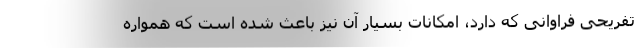
تفریحی فراوانی که دارد، امکانات بسیار آن نیز باعث شده است که همواره